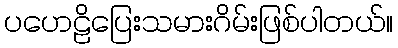
ပဟေဠိပြေးသမားဂိမ်းဖြစ်ပါတယ်။